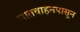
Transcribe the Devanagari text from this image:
सातवाहनपासून